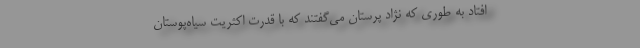
افتاد به طوری که نژاد پرستان می‌گفتند که با قدرت اکثریت سیاه‌پوستان